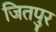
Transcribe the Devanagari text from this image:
जितपुर